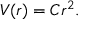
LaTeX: V ( r ) = C r ^ { 2 } . \,